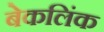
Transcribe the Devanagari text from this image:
बेकलिंक